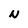
Character: N